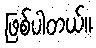
ဖြစ်ပါတယ်။